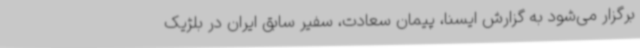
برگزار می‌شود به گزارش ایسنا، پیمان سعادت، سفیر سابق ایران در بلژیک